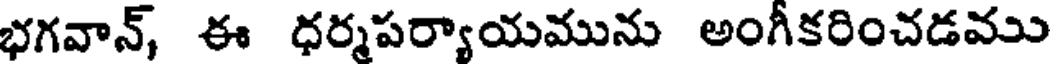
భగవాన్, ఈ ధర్మపర్యాయమును అంగీకరించడము